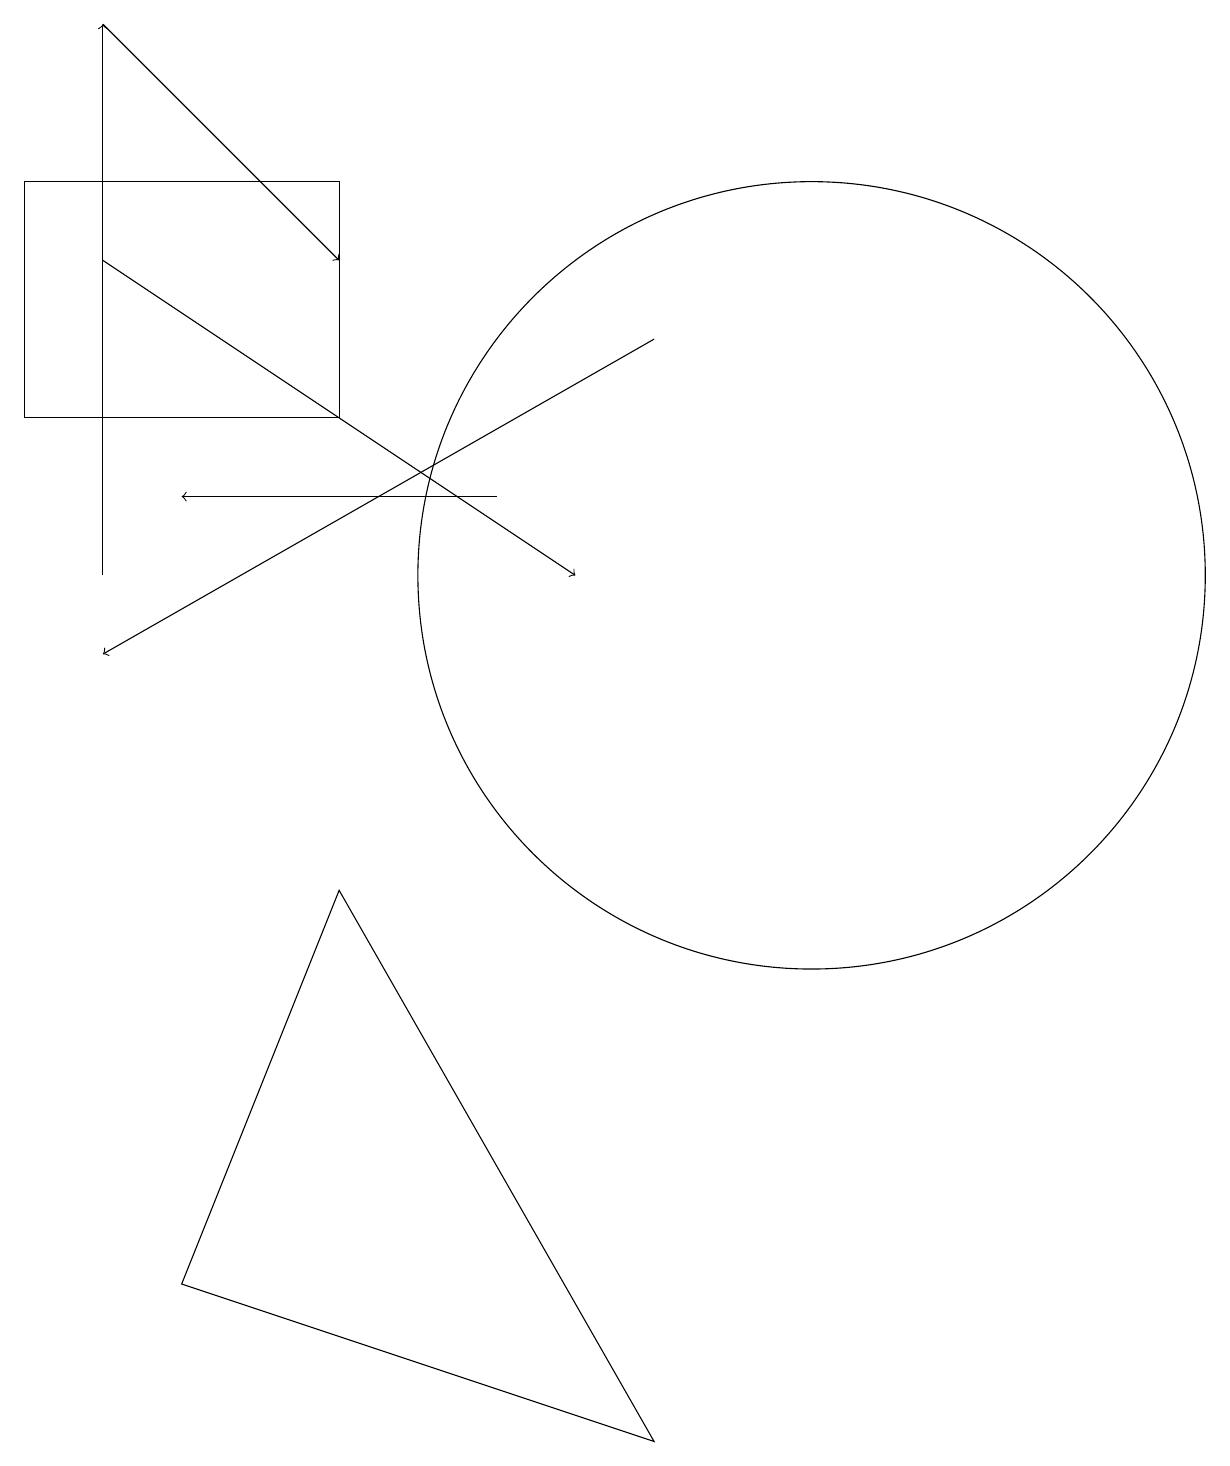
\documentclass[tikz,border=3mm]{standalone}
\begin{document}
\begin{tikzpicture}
\draw (4,16) rectangle (0,13);
\draw[->] (6,12) -- (2,12);
\draw[->] (1,15) -- (7,11);
\draw[->] (8,14) -- (1,10);
\draw (8,0) -- (2,2) -- (4,7) -- cycle;
\draw[->] (1,11) -- (1,18);
\draw (10,11) circle (5);
\draw[->] (1,18) -- (4,15);
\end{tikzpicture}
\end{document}